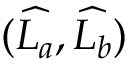
( \widehat { L _ { a } } , \widehat { L _ { b } } )